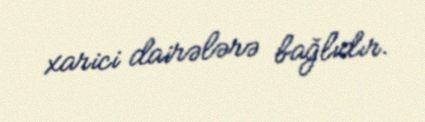
xarici dairələrə bağlıdır.